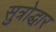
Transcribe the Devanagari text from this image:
सुत्रोद्धार